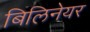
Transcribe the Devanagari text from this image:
बिलिनेयर